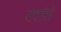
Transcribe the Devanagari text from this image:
दासांसी